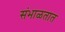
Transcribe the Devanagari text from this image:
संभाळतात